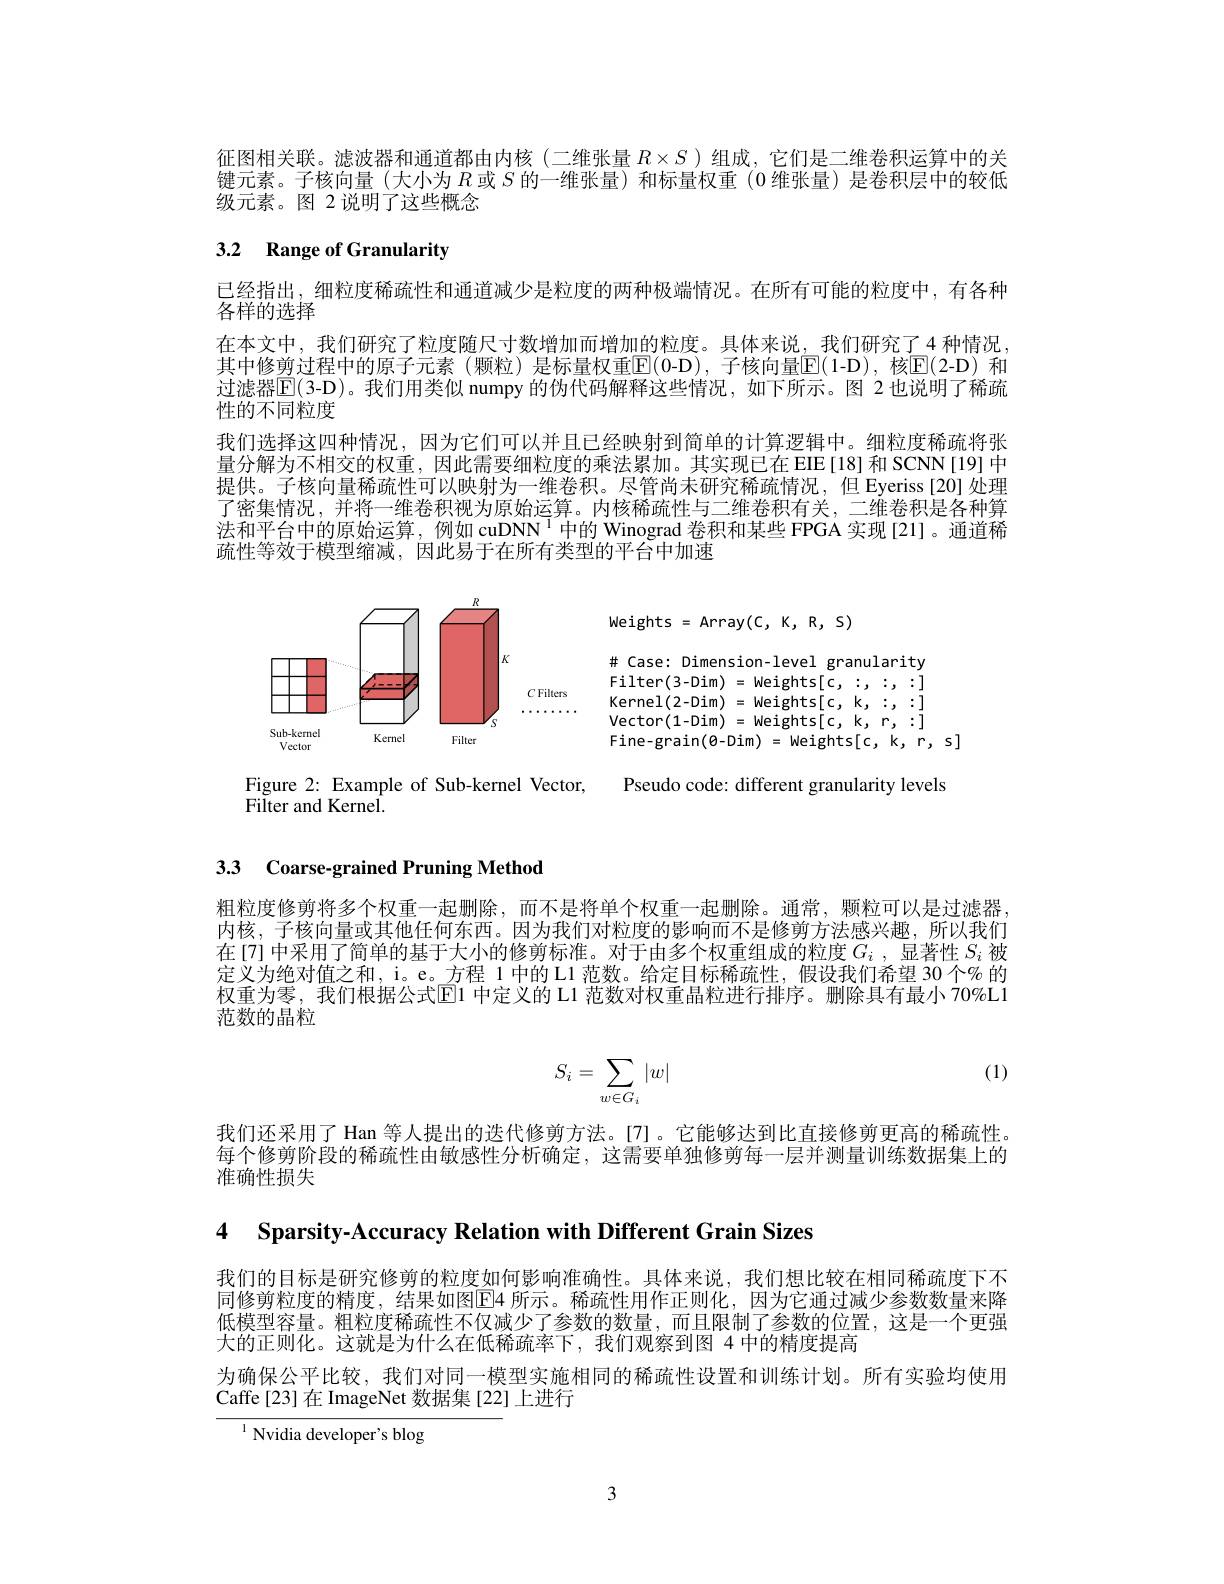
征图相关联。滤波器和通道都由内核(二维张量$R\times S$ )组成，它们是二维卷积运算中的关键元素。子核向量(大小为$R$或$S$ 的一维张量)和标量权重(0 维张量)是卷积层中的较低级元素。图 2 说明了这些概念

# 3.2 Range of Granularity

已经指出，细粒度稀疏性和通道减少是粒度的两种极端情况。在所有可能的粒度中，有各种
$\bar{\text{各样的选择}}$
在本文中，我们研究了粒度随尺寸数增加而增加的粒度。具体来说，我们研究了4种情况其中修剪过程中的原子元素(颗粒)是标量权重$\mathbb{E}($0-D),子核向量$\mathbb{E}($1-D),核$\mathbb{E}($2-D)和过滤器$\mathbb{E}($3-D)。我们用类似 numpy 的伪代码解释这些情况，如下所示。图 2 也说明了稀疏性的不同粒度
我们选择这四种情况，因为它们可以并且已经映射到简单的计算逻辑中。细粒度稀疏将张量分解为不相交的权重，因此需要细粒度的乘法累加。其实现已在 EIE[18]和 SCNN[19]中提供。子核向量稀疏性可以映射为一维卷积。尽管尚未研究稀疏情况，但 Eyeriss[20]处理了密集情况，并将一维卷积视为原始运算。内核稀疏性与二维卷积有关，二维卷积是各种算法和平台中的原始运算，例如 cuDNN$^{1}$中的 Winograd 卷积和某些 FPGA 实现[21]。通道稀疏性等效于模型缩减，因此易于在所有类型的平台中加速

<FigureHere>

Figure 2: Example of Sub-kernel Vector, Pseudo code: different granularity levels
Filter and Kernel.

# 3.3 Coarse-grained Pruning Method

粗粒度修剪将多个权重一起删除，而不是将单个权重一起删除。通常，颗粒可以是过滤器， 内核，子核向量或其他任何东西。因为我们对粒度的影响而不是修剪方法感兴趣，所以我们在[7] 中采用了简单的基于大小的修剪标准。对于由多个权重组成的粒度$G_i$ ,显著性$S_i$被定义为绝对值之和，i。e。方程 1 中的 Ll 范数。给定目标稀疏性，假设我们希望 30 个% 的权重为零，我们根据公式$\overline{\mathrm{E}}$1 中定义的 L1 范数对权重晶粒进行排序。删除具有最小 70%L1范数的晶粒

(1)
$$S_i=\sum_{w\in G_i}|w|$$
我们还采用了 Han 等人提出的迭代修剪方法。[7]。它能够达到比直接修剪更高的稀疏性。每个修剪阶段的稀疏性由敏感性分析确定，这需要单独修剪每一层并测量训练数据集上的准确性损失

4 Sparsity-Accuracy Relation with Different Grain Sizes

我们的目标是研究修剪的粒度如何影响准确性。具体来说，我们想比较在相同稀疏度下不同修剪粒度的精度，结果如图$\boxed{\mathrm{E}}4$ 所示。稀疏性用作正则化，因为它通过减少参数数量来降低模型容量。粗粒度稀疏性不仅减少了参数的数量，而且限制了参数的位置，这是一个更强大的正则化。这就是为什么在低稀疏率下，我们观察到图 4 中的精度提高
为确保公平比较，我们对同一模型实施相同的稀疏性设置和训练计划。所有实验均使用
Caffe [23] 在 ImageNet 数据集 [22] 上进行
$^{1}$Nvidia developer's blog

3